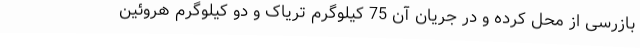
بازرسی از محل کرده و در جریان آن 75 کیلوگرم تریاک و دو کیلوگرم هروئین